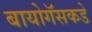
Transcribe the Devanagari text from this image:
बायोगॅसकडे